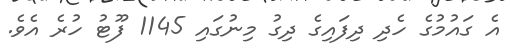
އެ ގައުމުގެ ހެދި ދިފައިގެ ދިގު މިނުގައި 1145 ފޫޓު ހުރެ އެވެ.